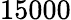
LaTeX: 15000